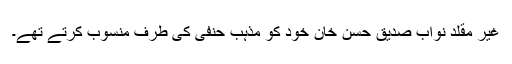
غیر مقلد نواب صدیق حسن خان خود کو مذہب حنفی کی طرف منسوب کرتے تھے۔